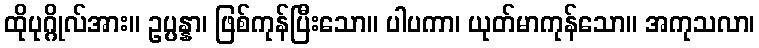
ထိုပုဂ္ဂိုလ်အား။ ဥပ္ပန္နာ၊ ဖြစ်ကုန်ပြီးသော။ ပါပကာ၊ ယုတ်မာကုန်သော။ အကုသလာ၊